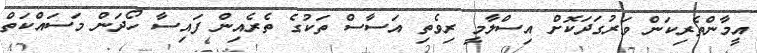
އީމާންތެރިކަން ވަރުގަދަކޮށް އިސްލާމީ ރިވެތި އަސާސް ތަކުގެ ތެރެއިން ފައިސާ ހޯދަން މަސައްކަތް